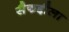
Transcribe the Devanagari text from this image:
सैफद्दौला